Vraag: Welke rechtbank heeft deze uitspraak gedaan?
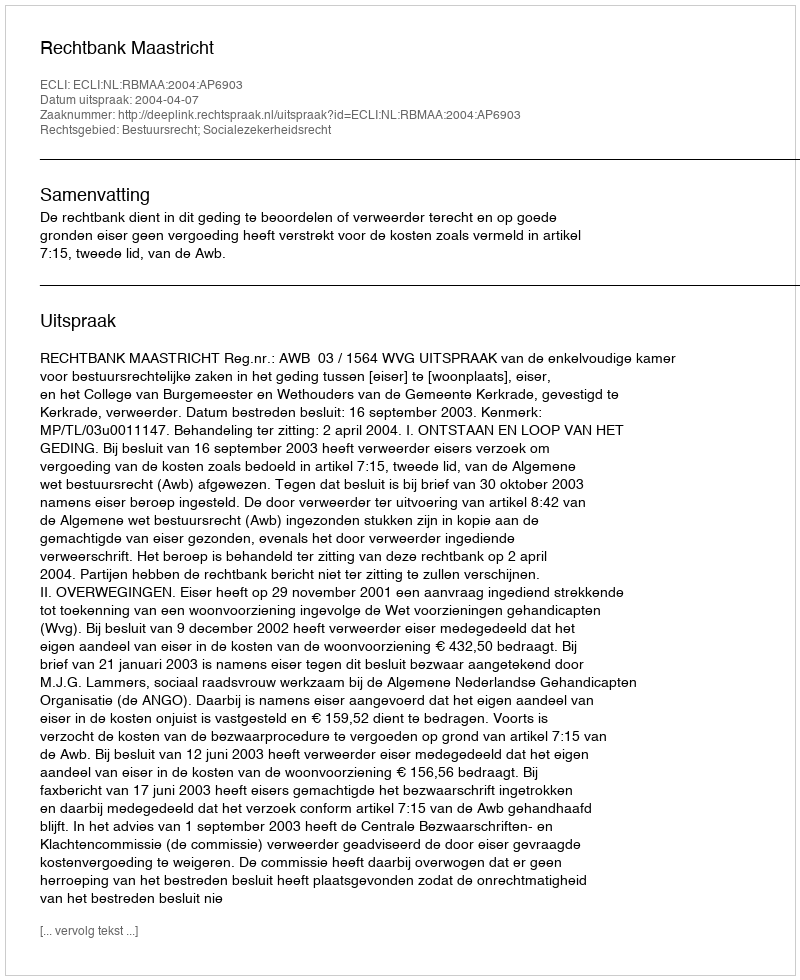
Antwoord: Rechtbank Maastricht